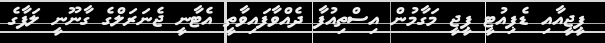
ޕީޖީއާއި ޑެޕިއުޓީ ޕީޖީ މަގާމުން އިސްތިއުފާ ދެއްވާފައިވާތީ އެޓާނީ ޖެނަރަލްގެ ގާނޫނީ ލަފާގެ